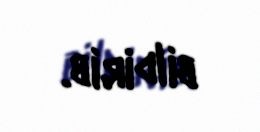
bildirib.